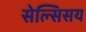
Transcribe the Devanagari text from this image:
सेल्सिसय